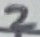
Text: 2